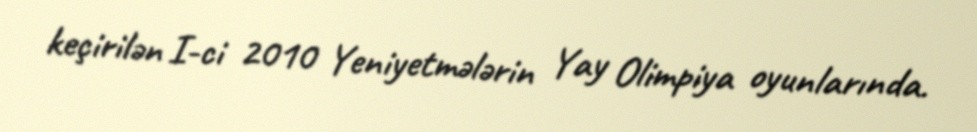
keçirilən I-ci 2010 Yeniyetmələrin Yay Olimpiya oyunlarında.